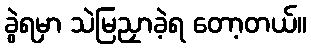
ခွဲရမှာ သဲမြညှာခဲ့ရ တော့တယ်။